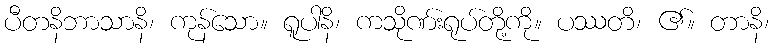
ပီတနိဘာသာနိ၊ ကုန်သော။ ရူပါနိ၊ ကသိုဏ်းရုပ်တို့ကို။ ပဿတိ၊ ၏။ တာနိ၊